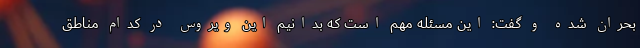
بحران شده و گفت: این مسئله مهم است که بدانیم این ویروس در کدام مناطق